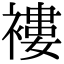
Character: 褸